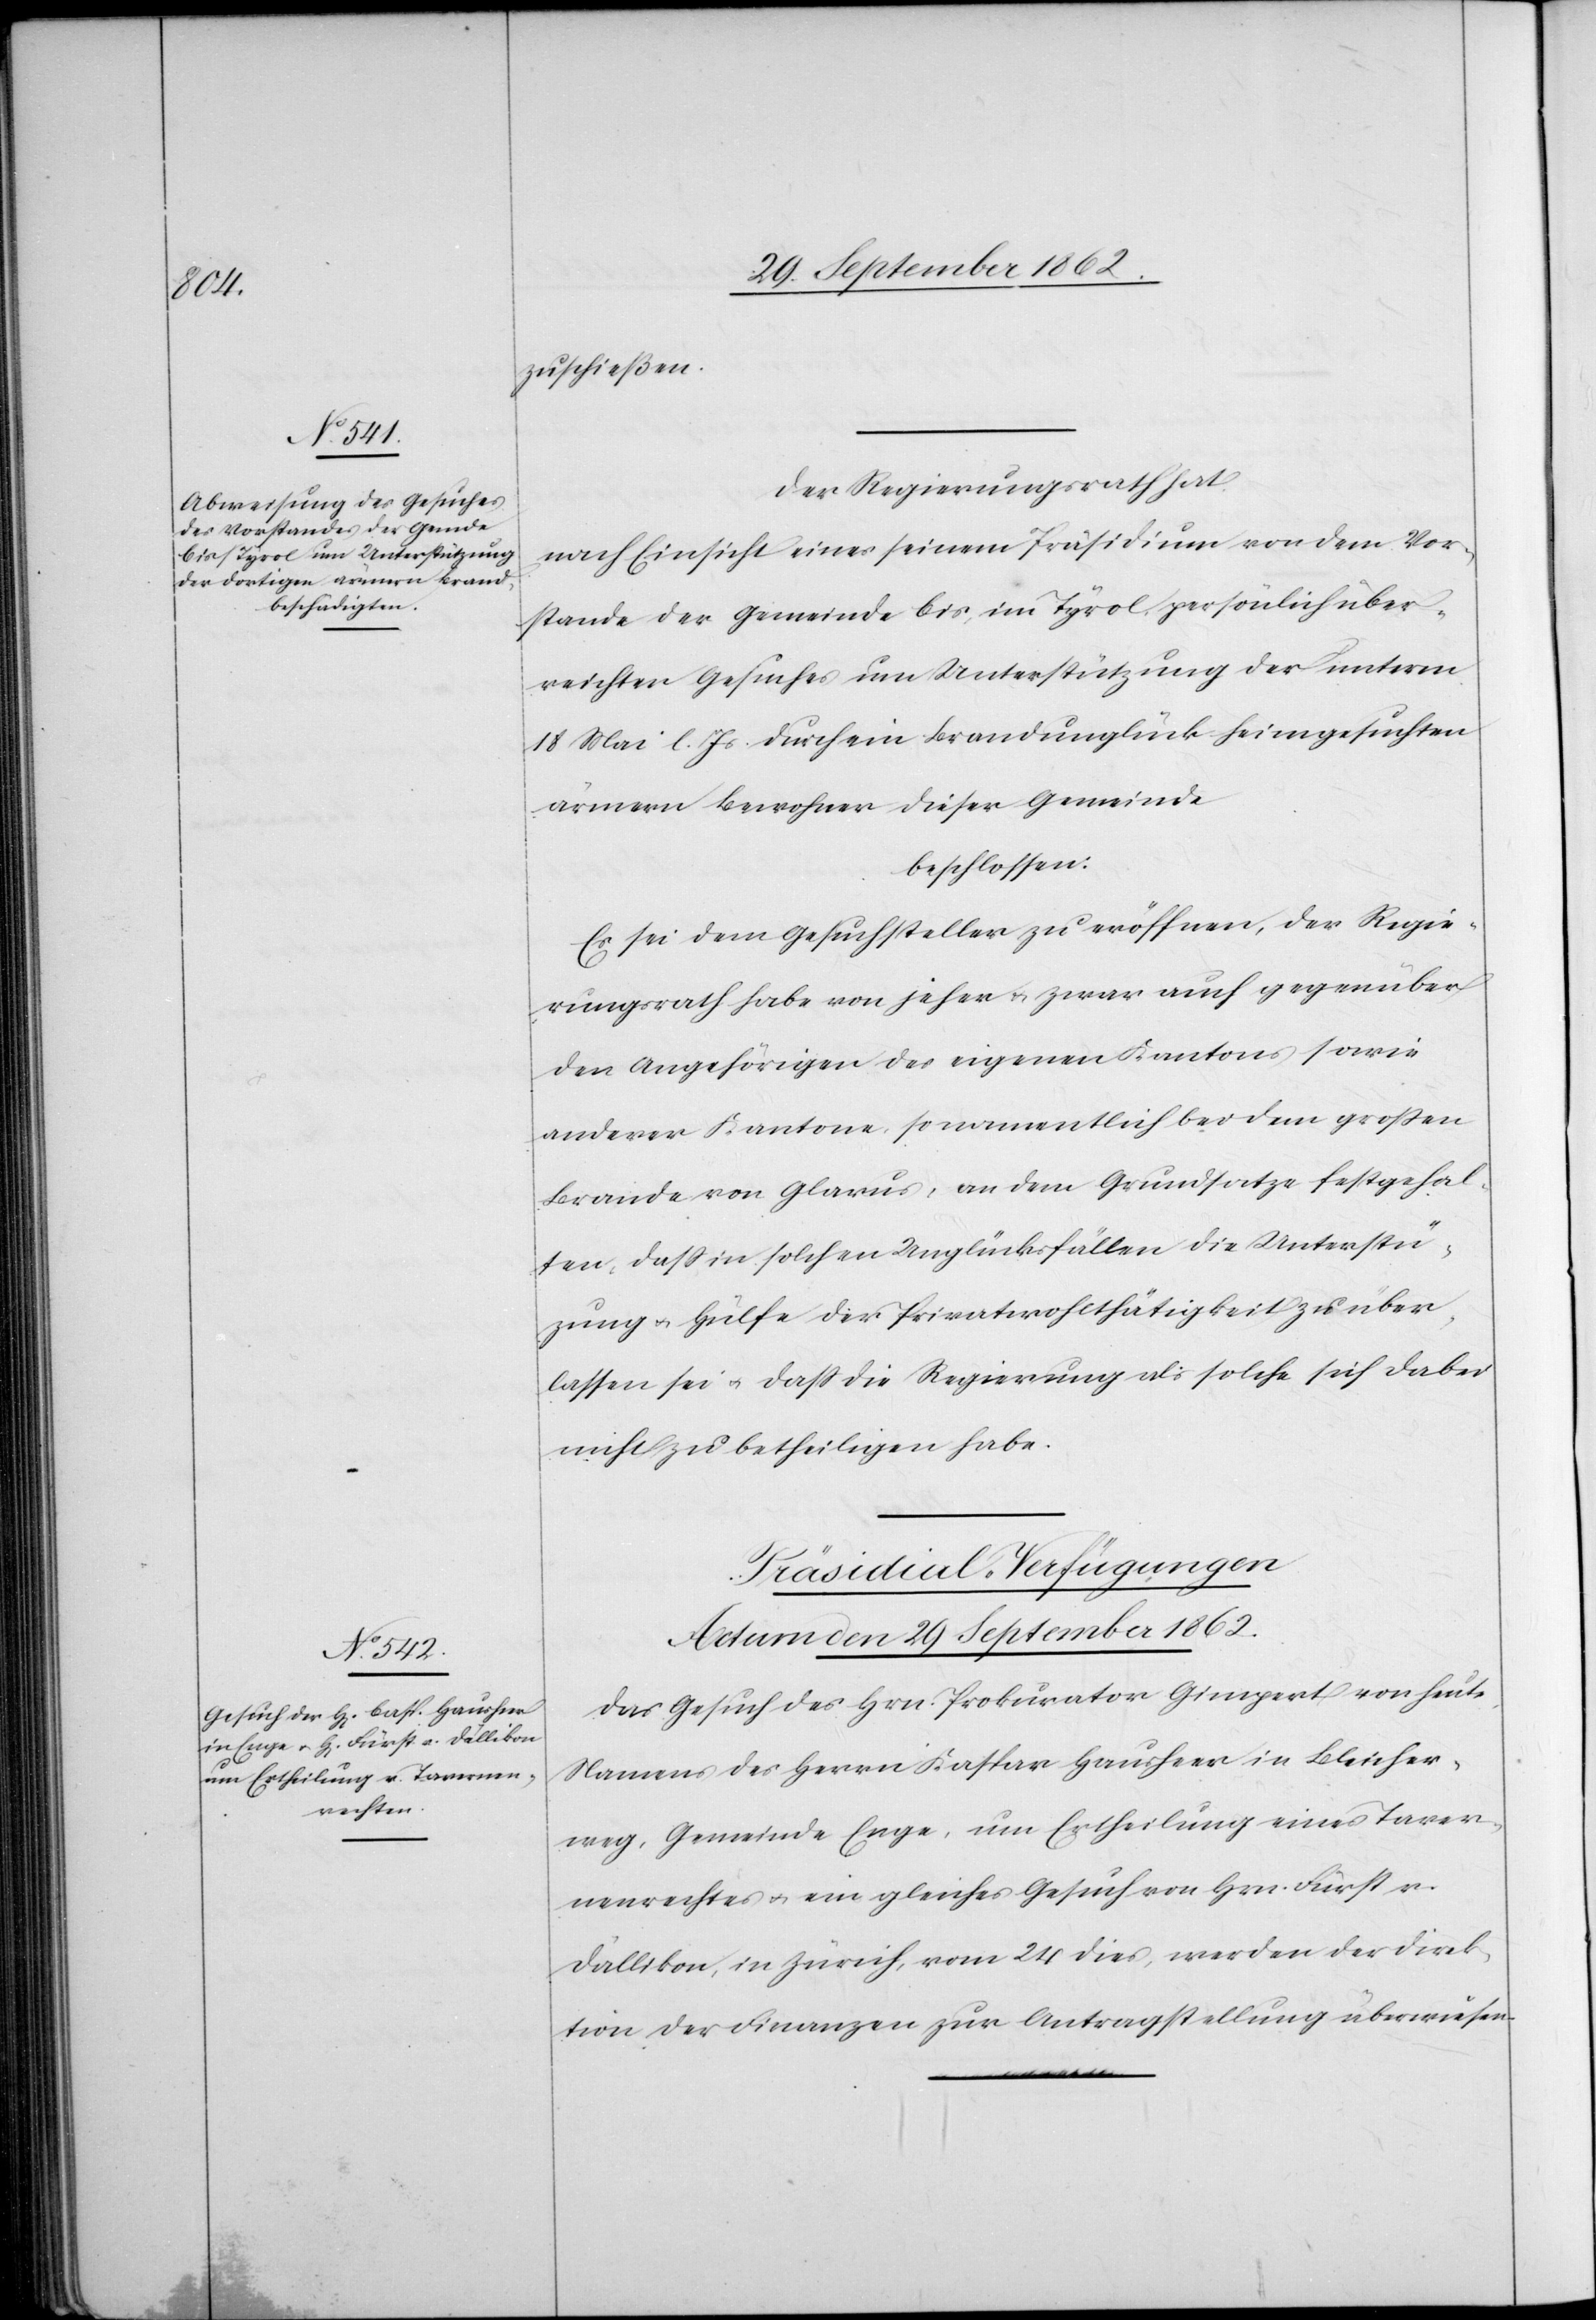
zuschießen.
Der Regierungsrath hat,
nach Einsicht eines seinem Präsidium von dem Vor¬
stande der Gemeinde Cis, im Tyrol, persönlich über¬
reichten Gesuches um Unterstützung der unterm
18. Mai l. Js. durch ein Brandunglück heimgesuchten
ärmern Bewohner dieser Gemeinde
beschlossen:
Es sei dem Gesuchsteller zu eröffnen, der Regie¬
rungsrath habe von jeher u. zwar auch gegenüber
den Angehörigen des eigenen Kantons sowie
anderer Kantone, so namentlich bei dem großen
Brande von Glarus, an dem Grundsatze festgehal¬
ten, daß in solchen Unglücksfällen die Unterstü¬
tzung u. Hülfe der Privatwohlthätigkeit zu über¬
lassen sei u. daß die Regierung als solche sich dabei
nicht zu betheiligen haben.
Präsidial-Verfügungen.
Actum den 29. September 1862.
Das Gesuch des Hrn. Prokurator Gimpert von heute,
Namens des Herrn Kaspar Hausheer in Bleicher¬
weg, Gemeinde Enge, um Ertheilung eines Taver¬
nenrechtes u. ein gleiches Gesuch von Hrn. Fürst v.
Dällikon, in Zürich, vom 24. dies, werden der Direk¬
tion der Finanzen zur Antragstellung überwiesen.